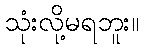
သုံးလို့မရဘူး။